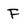
Character: F